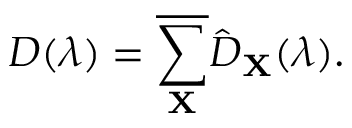
D ( \boldsymbol { \lambda } ) = \overline { { \sum _ { \mathbf { X } } } } \hat { D } _ { \mathbf { X } } ( \boldsymbol { \lambda } ) .